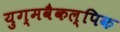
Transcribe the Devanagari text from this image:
युग्मवैकल्पिक